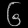
Digit: ၆